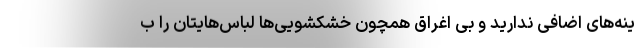
ینه‌های اضافی ندارید و بی اغراق همچون خشکشویی‌ها لباس‌هایتان را ب